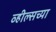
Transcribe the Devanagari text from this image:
व्हील्सच्या